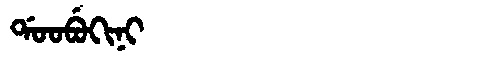
Manchu: ᡩᠣᠣᠪᡠᡴᡳᠨᡳ
Romanization: DOOBUKINI